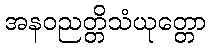
အနဝညတ္တိသံယုတ္တော